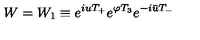
W = W _ { 1 } \equiv e ^ { i u T _ { + } } e ^ { \varphi T _ { 3 } } e ^ { - i \bar { u } T _ { - } }